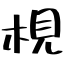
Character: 梘